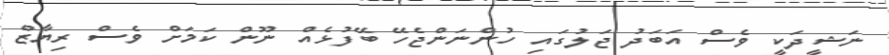
ނަޝީދަކީ ވެސް އަބަދު ޖަލުގައި ހުންނަންޖެހޭ ބޭފުޅެއް ނޫން ކަމަށް ވެސް ރިޔާޒް